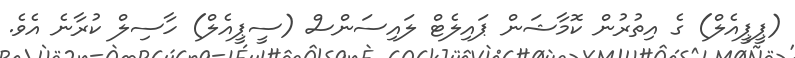
(ޕީޕީއެލް) ގެ އިތުރުން ކޮމާޝަން ޕައިލެޓް ލައިސަންސް (ސީޕީއެލް) ހާސިލް ކުރާނެ އެވެ.